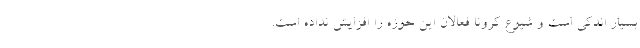
بسیار اندکی است و شیوع کرونا فعالان این حوزه را افزایش نداده است.